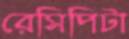
রেসিপিটা